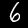
Label: 6